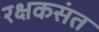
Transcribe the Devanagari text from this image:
रक्षकसंत